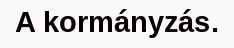
A kormányzás.